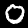
Digit: 0